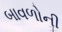
બાવળોની